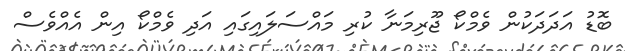
ބޮޑު އަދަދަކުން ވެމްކޯ ޖޫރިމަނާ ކުރި މައްސަލައިގައި އަދި ވެމްކޯ އިން އެއްވެސް